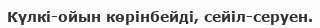
Күлкі-ойын көрінбейді, сейіл-серуен.